Lunatic asylums Central Provinces reports 1895-1909 - 1895-1909
Year: 1895
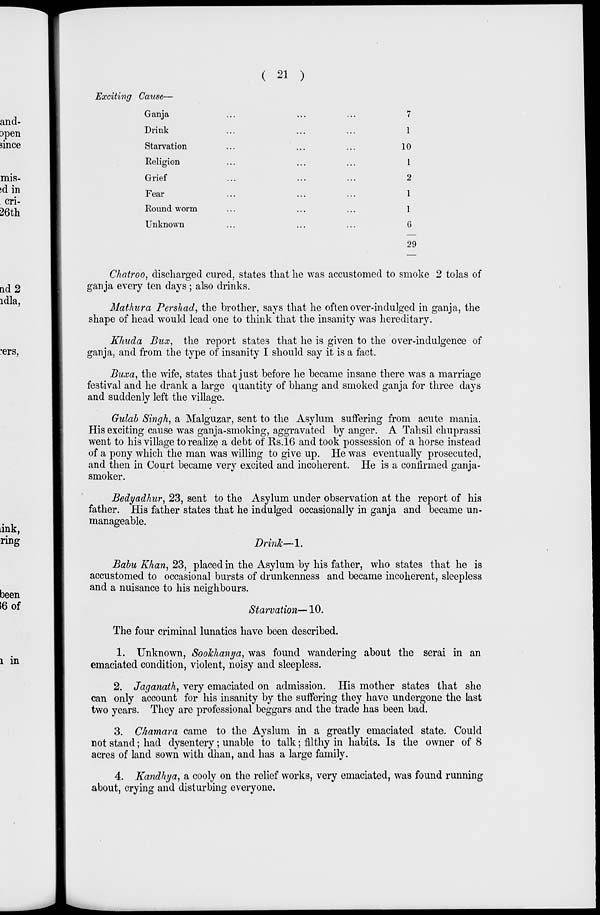
( 21 )
Exciting Cause—
Ganja... ... ...
Drink... ... ...
Starvation
...
...
...
Religion... ... ...
Grief... ... ...
Fear... ... ...
Round worm... ... ...
Unknown... ... ...
7
1
10
1
2
1
1
6
29
Chatroo, discharged cured, states that he was accustomed to smoke 2 tolas of
ganja every ten days; also drinks.
Mathura Pershad, the brother, says that he often over-indulged in ganja, the
shape of head would lead one to think that the insanity was hereditary.
Khuda Bux, the report states that he is given to the over-indulgence of
ganja, and from the type of insanity I should say it is a fact.
Buxa, the wife, states that just before he became insane there was a marriage
festival and he drank a large quantity of bhang and smoked ganja for three days
and suddenly left the village.
Gulab Singh, a Malguzar, sent to the Asylum suffering from acute mania.
His exciting cause was ganja-smoking, aggravated by anger. A Tahsil chuprassi
went to his village to realize a debt of Rs.16 and took possession of a horse instead
of a pony which the man was willing to give up. He was eventually prosecuted,
and then in Court became very excited and incoherent. He is a confirmed ganja-
smoker.
Bedyadhur, 23, sent to the Asylum under observation at the report of his
father. His father states that he indulged occasionally in ganja and became un-
manageable.
Drink—1.
Babu Khan, 23, placed in the Asylum by his father, who states that he is
accustomed to occasional bursts of drunkenness and became incoherent, sleepless
and a nuisance to his neighbours.
Starvation—10.
The four criminal lunatics have been described.
1. Unknown, Sookhanya, was found wandering about the serai in an
emaciated condition, violent, noisy and sleepless.
2. Jaganath, very emaciated on admission. His mother states that she
can only account for his insanity by the suffering they have undergone the last
two years. They are professional beggars and the trade has been bad.
3. Chamara came to the Ayslum in a greatly emaciated state. Could
not stand; had dysentery; unable to talk; filthy in habits. Is the owner of 8
acres of land sown with dhan, and has a large family.
4. Kandhya, a cooly on the relief works, very emaciated, was found running
about, crying and disturbing everyone.